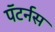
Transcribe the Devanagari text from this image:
पॅटर्नस